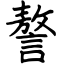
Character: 謷